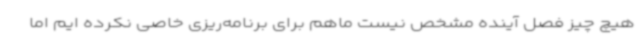
هیچ چیز فصل آینده مشخص نیست ماهم برای برنامه‌ریزی خاصی نکرده ایم اما